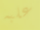
علبه